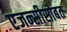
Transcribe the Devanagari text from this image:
एजन्सीसोबत